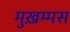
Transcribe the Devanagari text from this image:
मुख़म्मस